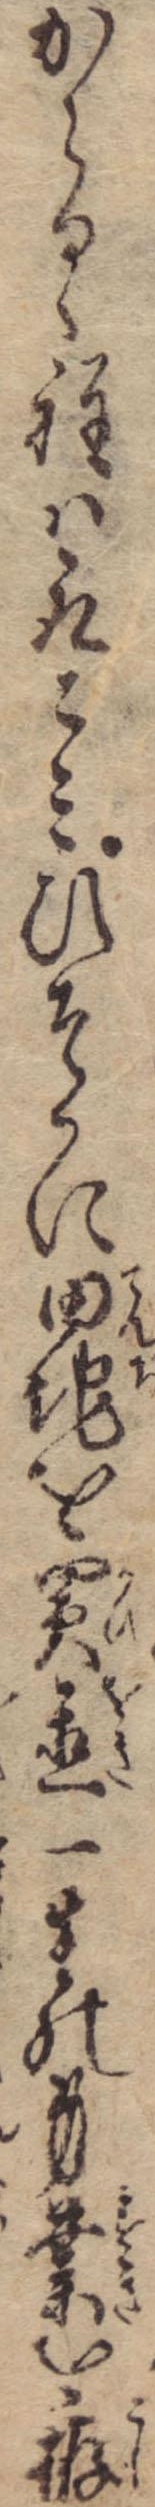
からるゝ程は取こみひそかに田地を買置一生の身業を拵